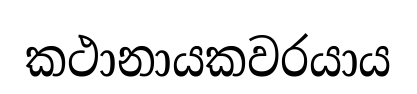
කථානායකවරයාය